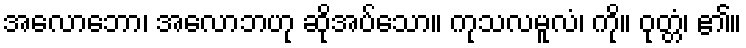
အလောဘော၊ အလောဘဟု ဆိုအပ်သော။ ကုသလမူလံ၊ ကို။ ဝုတ္တံ၊ ၏။